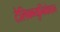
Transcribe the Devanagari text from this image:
टेलिक्म्युनिकेशन